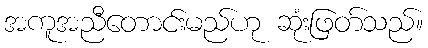
အကူအညီတောင်းမည်ဟု ဆုံးဖြတ်သည်။